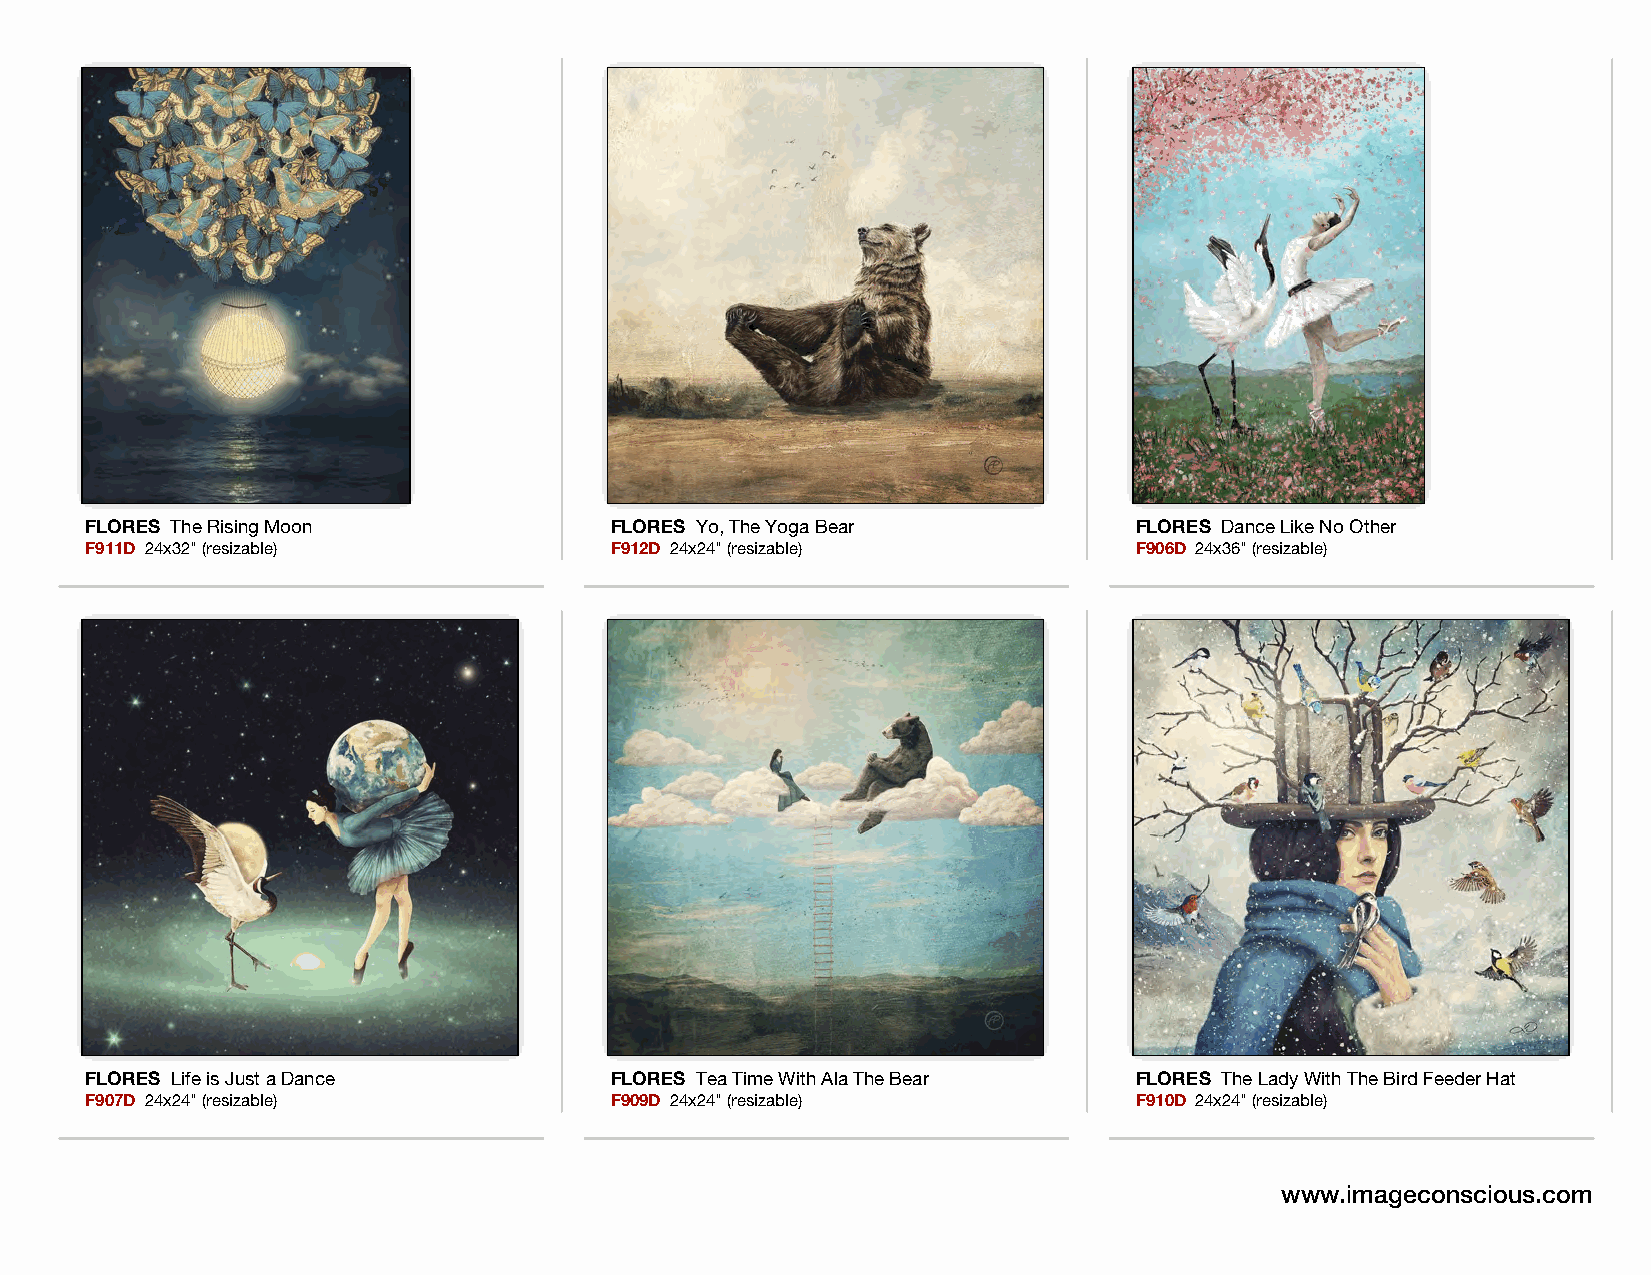
FLORES The Rising Moon            FLORES Yo, The Yoga Bear           FLORES Dance Like No Other
 F911D 24x32" (resizable)          F912D 24x24" (resizable)           F906D 24x36" (resizable)
 FLORES Life is Just a Dance       FLORES Tea Time With Ala The Bear  FLORES The Lady With The Bird Feeder Hat
 F907D 24x24" (resizable)          F909D 24x24" (resizable)           F910D 24x24" (resizable)
 www.imageconscious.com